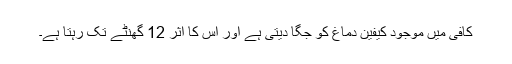
کافی میں موجود کیفین دماغ کو جگا دیتی ہے اور اس کا اثر 12 گھنٹے تک رہتا ہے۔